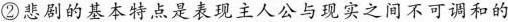
②悲剧的基本特点是表现主人公与现实之间不可调和的